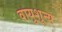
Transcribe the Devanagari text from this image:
वायुशून्य